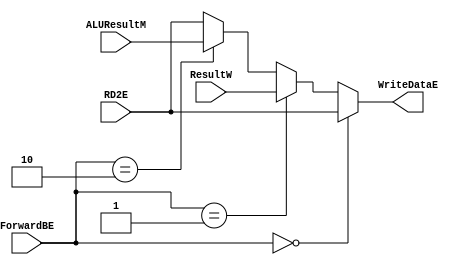
`timescale 1ns / 1ps
//////////////////////////////////////////////////////////////////////////////////
// Company: 
// Engineer: 
// 
// Design Name: 
// Module Name: execute_mux_2
// Project Name: 
// Target Devices: 
// Tool Versions: 
// Description: 
// 
// Dependencies: 
// 
// Revision:
// Revision 0.01 - File Created
// Additional Comments:
// 
//////////////////////////////////////////////////////////////////////////////////


module execute_mux_2(
input [1:0] ForwardBE,
input [31:0] RD2E,ResultW,ALUResultM,
output [31:0] WriteDataE
    );
    
    assign WriteDataE = (ForwardBE == 2'b00) ? RD2E :
                        (ForwardBE == 2'b01) ? ResultW :
                        (ForwardBE == 2'b10) ? ALUResultM : RD2E;
  
endmodule